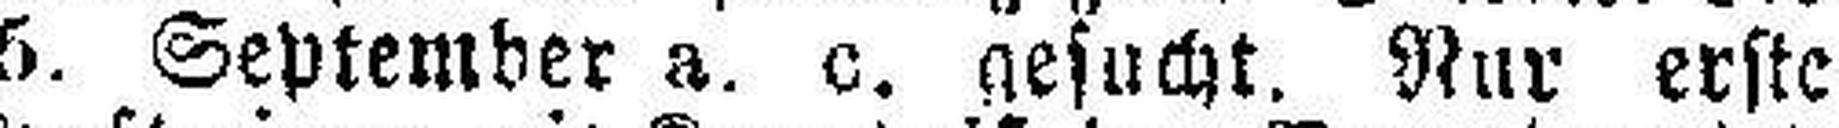
15. September a. c. gesucht. Nur erste